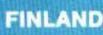
FINLAND